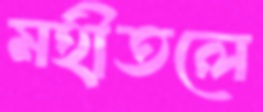
মহীতলে